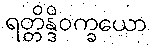
ရတ္တိန္ဒိဝက္ခယော